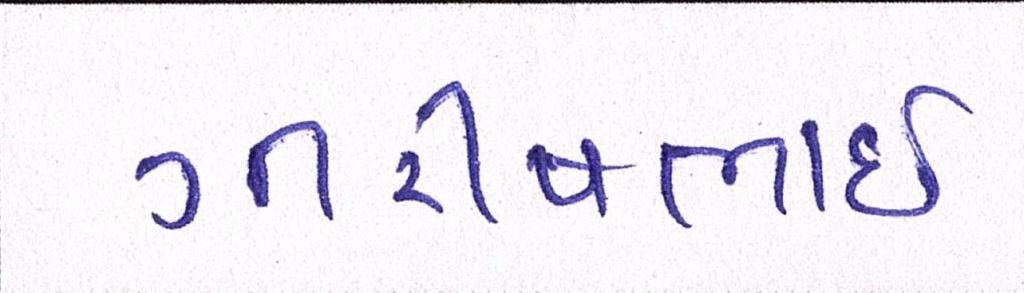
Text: ગીરીષભાઈ